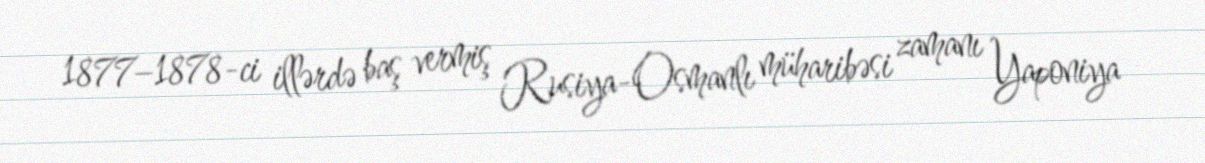
1877–1878-ci illərdə baş vermiş Rusiya-Osmanlı müharibəsi zamanı Yaponiya